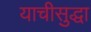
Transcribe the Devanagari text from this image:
याचीसुद्धा